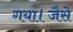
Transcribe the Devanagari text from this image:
गया।जैसे